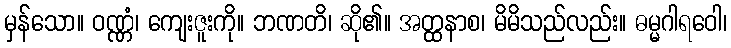
မှန်သော။ ဝဏ္ဏံ၊ ကျေးဇူးကို။ ဘဏတိ၊ ဆို၏။ အတ္ထနာစ၊ မိမိသည်လည်း။ ဓမ္မဂါရဝေါ၊